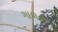
ગાળતા